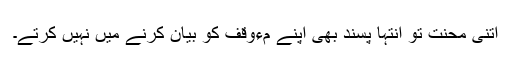
اتنی محنت تو انتہا پسند بھی اپنے مءوقف کو بیان کرنے میں نہیں کرتے۔